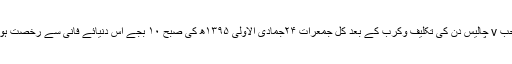
حضرت قبلہ والد محترم مولانا سید محمدزکریا صاحب v چالیس دن کی تکلیف وکرب کے بعد کل جمعرات ۲۴جمادی الاولیٰ ۱۳۹۵ھ کی صبح ۱۰ بجے اس دنیائے فانی سے رخصت ہوگئے اور ہم سے جدا ہوگئے، إناللّٰہ وإنا إلیہ راجعون۔